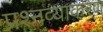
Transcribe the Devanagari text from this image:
प्रश्नव्याकरण